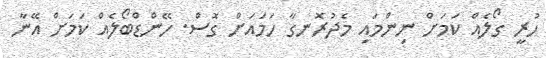
ހުރީ ގޯލެއް ކަމަށް ނިންމައި މެދުރޮނގާ ހަމައަށް ގޮސް. ހޭންޑްބޯލެއް ކަމަށް އޭނާ